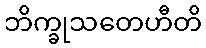
ဘိက္ခုသတေဟီတိ